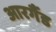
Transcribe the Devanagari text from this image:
आरगैंड